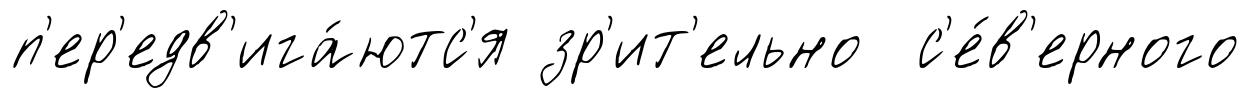
п'ер'едв'ига́ютс'я зр'ит'ельно с'е́в'ерного